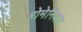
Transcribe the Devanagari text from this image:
रोमेनियात